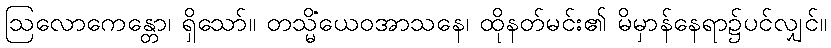
ဩလောကေန္တော၊ ရှိသော်။ တသ္မိံယေဝအာသနေ၊ ထိုနတ်မင်း၏ မိမှာန်နေရာ၌ပင်လျှင်။